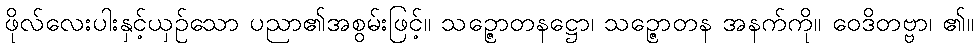
ဖိုလ်လေးပါးနှင့်ယှဉ်သော ပညာ၏အစွမ်းဖြင့်။ သဉ္ဇောတနဋ္ဌော၊ သဉ္ဇောတန အနက်ကို။ ဝေဒိတဗ္ဗာ၊ ၏။